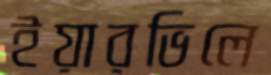
ইয়ারভিলে